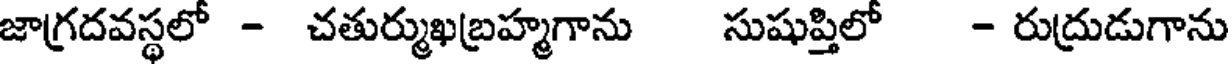
జాగ్రదవస్థలో - చతుర్ముఖబ్రహ్మగాను సుషుప్తిలో - రుద్రుడుగాను